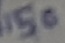
Text: 150